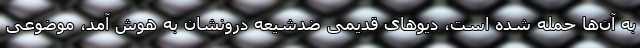
به آن‌ها حمله شده است، دیوهای قدیمی ضدشیعه درونشان به هوش آمد، موضوعی